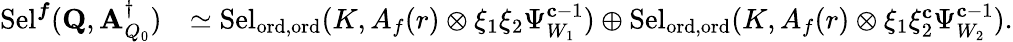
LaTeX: \begin{array}{rl}{\mathrm{Sel}^{{\boldsymbol{f}}}(\mathbf{Q},\mathbf{A}_{Q_{0}}^{\dagger})}&{\simeq\mathrm{Sel}_{{\mathrm{ord},\mathrm{ord}}}(K,A_{f}(r)\otimes\xi_{1}\xi_{2}\Psi_{W_{1}}^{\mathbf{c}-1})\oplus\mathrm{Sel}_{{\mathrm{ord},\mathrm{ord}}}(K,A_{f}(r)\otimes\xi_{1}\xi_{2}^{\mathbf{c}}\Psi_{W_{2}}^{\mathbf{c}-1}).}\end{array}